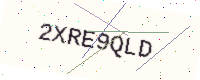
Text: 2XRE9QLD